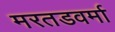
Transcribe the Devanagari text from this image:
मरतडवर्मा